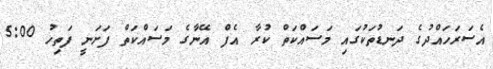
އެސަރަހައްދުގެ ދަނޑުތަކުގައި މަސައްކަތް ކުރާ އެފް އޭނާގެ މަސައްކަތް ފަށަނީ ފަތިހު 5:00